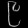
Digit: ၉